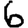
Digit: 6